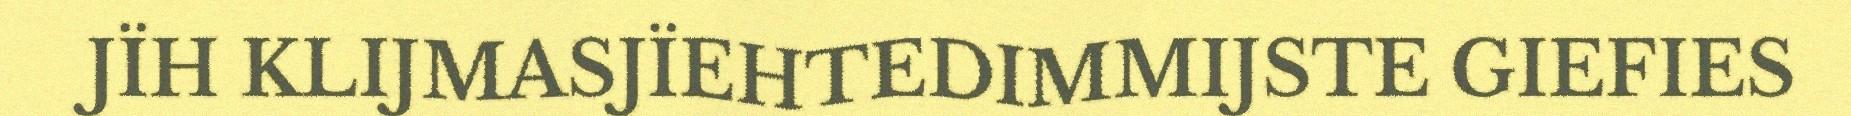
JÏH KLIJMASJÏEHTEDIMMIJSTE GIEFIES